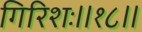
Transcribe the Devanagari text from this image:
गिरिशः॥१८॥